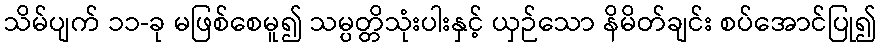
သိမ်ပျက် ၁၁-ခု မဖြစ်စေမူ၍ သမ္ပတ္တိသုံးပါးနှင့် ယှဉ်သော နိမိတ်ချင်း စပ်အောင်ပြု၍